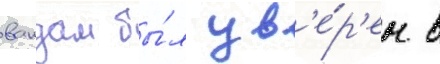
вандам бы́л ув'е́р'ен в